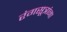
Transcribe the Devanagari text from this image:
रंगसूत्रांना